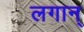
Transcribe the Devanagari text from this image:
लगान्‌